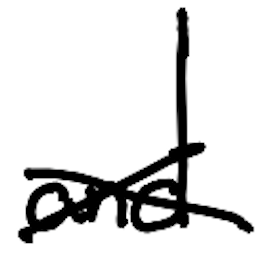
Text: and
Cross-out: cross
Writing tool: digital_black